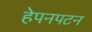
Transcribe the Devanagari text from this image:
हेपनपटन